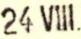
24 VIII